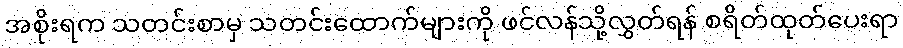
အစိုးရက သတင်းစာမှ သတင်းထောက်များကို ဖင်လန်သို့လွှတ်ရန် စရိတ်ထုတ်ပေးရာ